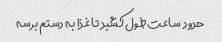
حدود  ساعت طول کشید تا غذا به دستم برسه